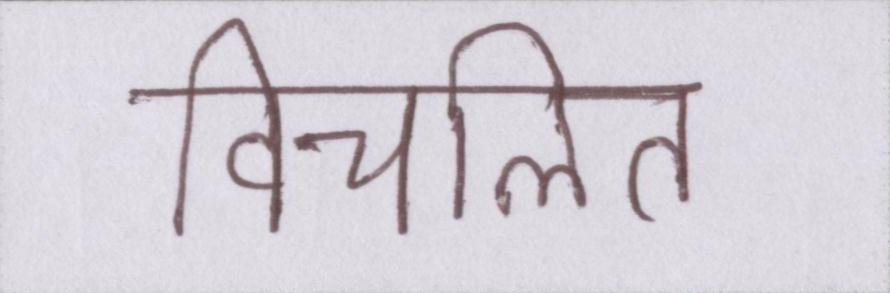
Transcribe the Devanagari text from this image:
विचलित